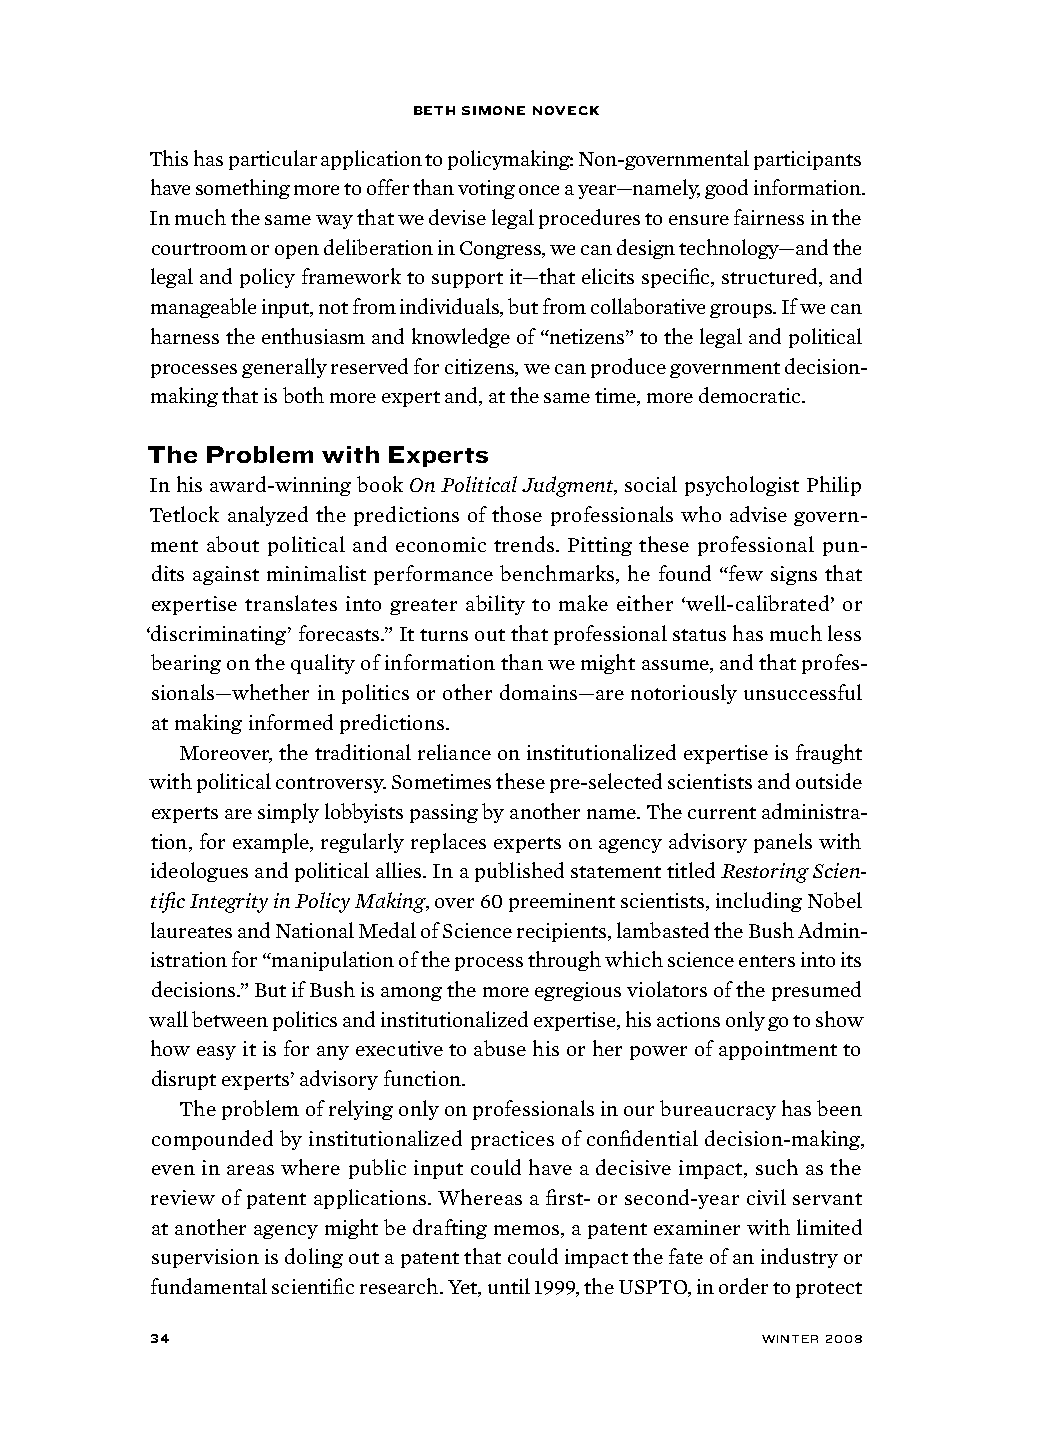
Beth simone noveck
 This has particular application to policymaking: Non-governmental participants
 have something more to offer than voting once a year—namely, good information.
 In much the same way that we devise legal procedures to ensure fairness in the
 courtroom or open deliberation in Congress, we can design technology—and the
 legal and policy framework to support it—that elicits specific, structured, and
 manageable input, not from individuals, but from collaborative groups. If we can
 harness the enthusiasm and knowledge of “netizens” to the legal and political
 processes generally reserved for citizens, we can produce government decision-
 making that is both more expert and, at the same time, more democratic.
 the Problem with experts
 In his award-winning book On Political Judgment, social psychologist Philip
 Tetlock analyzed the predictions of those professionals who advise govern-
 ment about political and economic trends. Pitting these professional pun-
 dits against minimalist performance benchmarks, he found “few signs that
 expertise translates into greater ability to make either ‘well-calibrated’ or
 ‘discriminating’ forecasts.” It turns out that professional status has much less
 bearing on the quality of information than we might assume, and that profes-
 sionals—whether in politics or other domains—are notoriously unsuccessful
 at making informed predictions.
 Moreover, the traditional reliance on institutionalized expertise is fraught
 with political controversy. Sometimes these pre-selected scientists and outside
 experts are simply lobbyists passing by another name. The current administra-
 tion, for example, regularly replaces experts on agency advisory panels with
 ideologues and political allies. In a published statement titled Restoring Scien-
 tific Integrity in Policy Making, over 60 preeminent scientists, including Nobel
 laureates and National Medal of Science recipients, lambasted the Bush Admin-
 istration for “manipulation of the process through which science enters into its
 decisions.” But if Bush is among the more egregious violators of the presumed
 wall between politics and institutionalized expertise, his actions only go to show
 how easy it is for any executive to abuse his or her power of appointment to
 disrupt experts’ advisory function.
 The problem of relying only on professionals in our bureaucracy has been
 compounded by institutionalized practices of confidential decision-making,
 even in areas where public input could have a decisive impact, such as the
 review of patent applications. Whereas a first- or second-year civil servant
 at another agency might be drafting memos, a patent examiner with limited
 supervision is doling out a patent that could impact the fate of an industry or
 fundamental scientific research. Yet, until 1999, the USPTO, in order to protect
 34                                     winter 2008